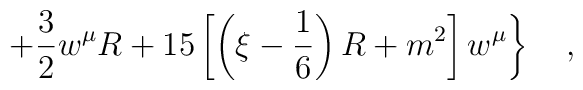
\left.+\frac 32 w^\mu R+15\left[\left(\xi-\frac 16\right)R+m^2\right]w^\mu\right\}~~~,